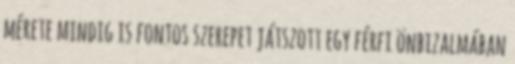
mérete mindig is fontos szerepet játszott egy férfi önbizalmában